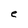
Character: e